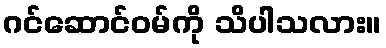
ဂင်ဆောင်ဝမ်ကို သိပါသလား။